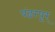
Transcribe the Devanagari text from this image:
पंढरपूर्